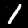
Digit: 1